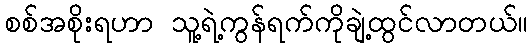
စစ်အစိုးရဟာ သူ့ရဲ့ကွန်ရက်ကိုချဲ့ထွင်လာတယ်။